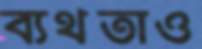
ব্যর্থতাও